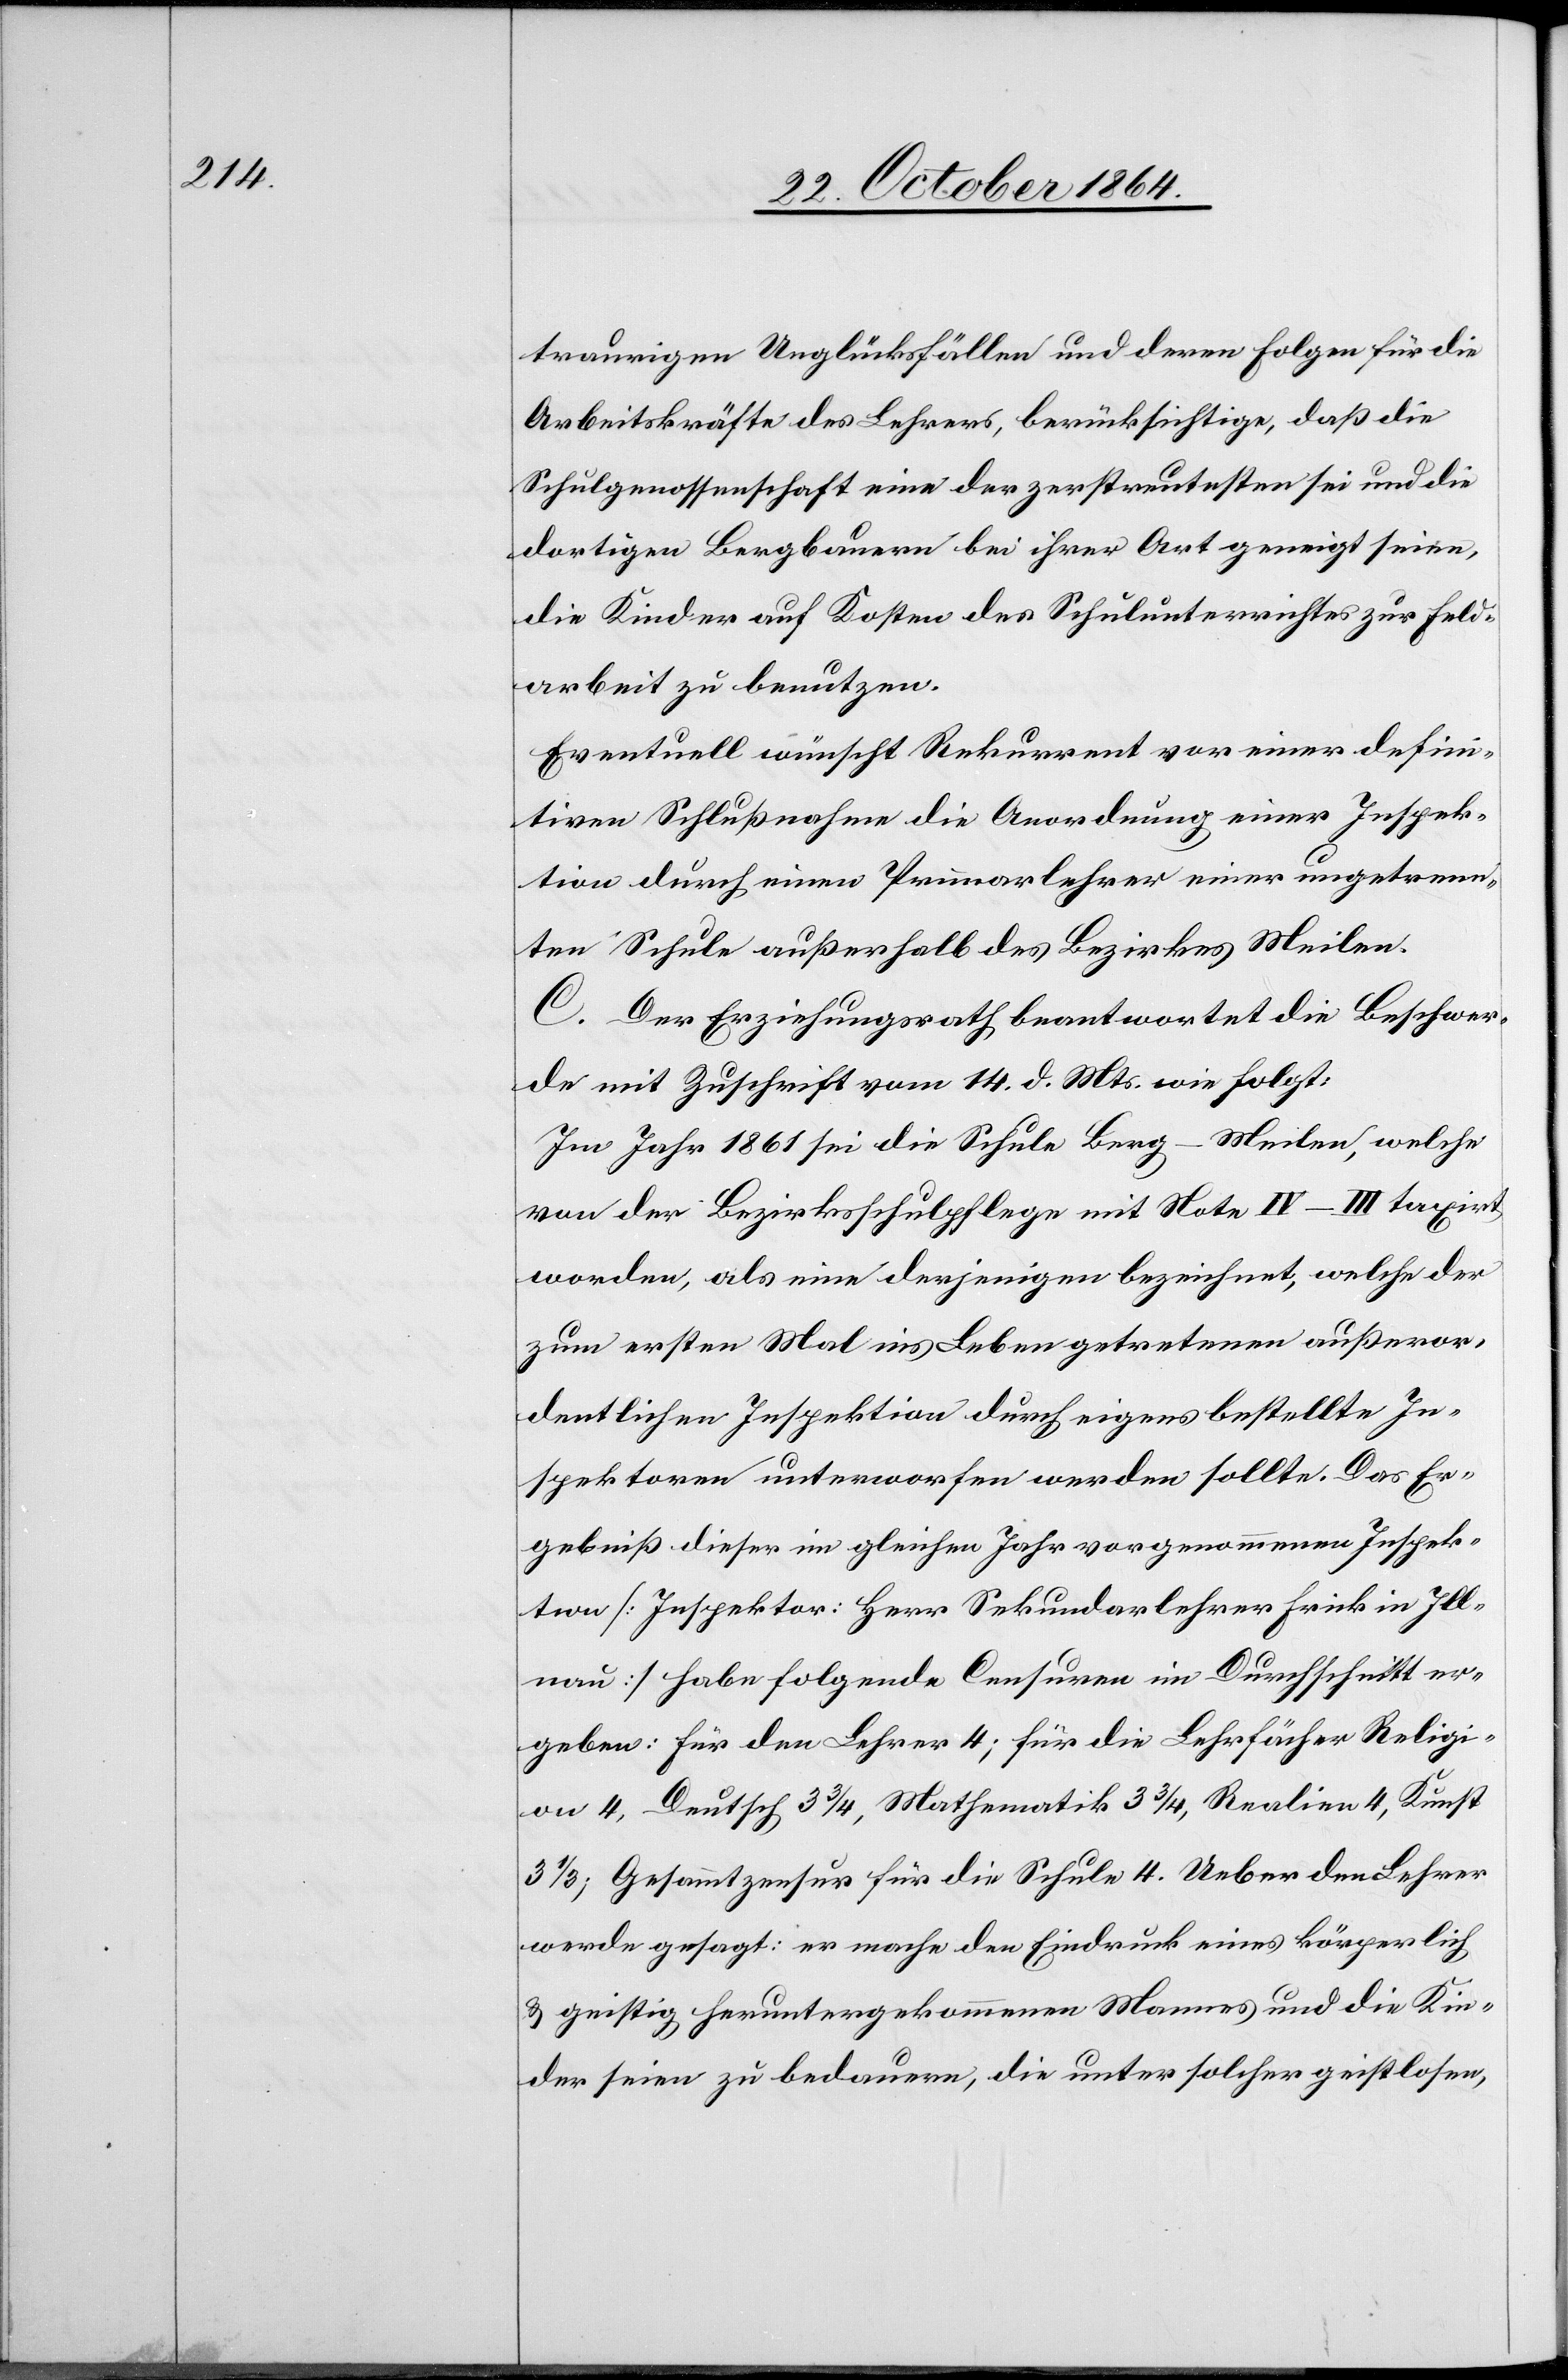
traurigen Unglücksfällen und deren Folgen für die
Arbeitskräfte des Lehrers, berücksichtige, daß die
Schulgenossenschaft eine der zerstreutesten sei und die
dortigen Bergbauern bei ihrer Art geneigt seien,
die Kinder auf Kosten des Schulunterrichtes zur Feld¬
arbeit zu benutzen.
Eventuell wünscht Rekurrent vor einer defini¬
tiven Schlußnahme die Anordnung einer Inspek¬
tion durch einen Primarlehrer einer ungetrenn¬
ten Schule außerhalb des Bezirkes Meilen.
C. Der Erziehungsrath beantwortet die Beschwer¬
de mit Zuschrift vom 14. d. Mts. wie folgt:
Im Jahr 1861 sei die Schule Berg-Meilen, welche
von der Bezirksschulpflege mit Note IV–III taxirt
worden, als eine derjenigen bezeichnet [worden], welche der
zum ersten Mal ins Leben getretenen außeror¬
dentlichen Inspektion durch eigens bestellte In¬
spektoren unterworfen werden sollte. Das Er¬
gebniß dieser im gleichen Jahr vorgenommenen Inspek¬
tion [Inspektor: Herr Sekundarlehrer Frick in Ill¬
nau] habe folgende Censuren im Durchschnitt er¬
geben: Für den Lehrer 4; für die Lehrfächer Religi¬
on 4, Deutsch 3 3/4, Mathematik 3 3/4, Realien 4, Kunst
3 1/3; Gesamtzensur für die Schule 4. Ueber den Lehrer
werde gesagt: er mache den Eindruck eines körperlich
& geistig heruntergekommenen Mannes und die Kin¬
der seien zu bedauern, die unter solcher geistlosen,